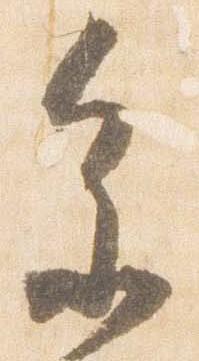
参